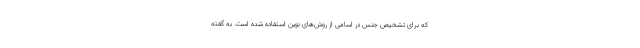
که برای تشخیص جنس در اسامی از روش‌های نوین استفاده شده است. به گفته